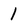
Character: 1